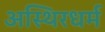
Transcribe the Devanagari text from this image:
अस्थिरधर्म